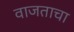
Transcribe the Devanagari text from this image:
वाजताचा